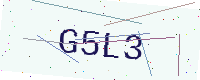
Text: G5L3